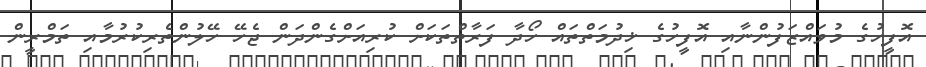
އޮފީހުގެ މުވައްޒަފުންނާއި އޮފީހުގެ ޚިދުމަތްތައް ހޯދާ ފަރާތްތަކަށް ކުރިއަށްގެންދަން ޖެހޭ ހޭލުންތެރިކުރުމާއި ތަމްރީން